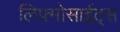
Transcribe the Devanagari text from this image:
लिफ्मोसाईट्स